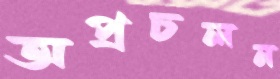
অপ্রচলন